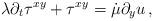
LaTeX: \begin{align*}\lambda \partial_t \tau^{xy} + \tau^{xy} = \dot{\mu} \partial_y u \,, \end{align*}